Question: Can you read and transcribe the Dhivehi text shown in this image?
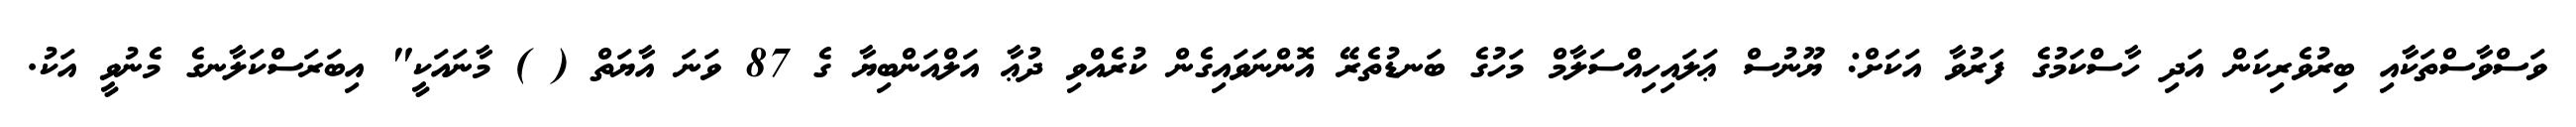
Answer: ވަސްވާސްތަކާއި ބިރުވެރިކަން އަދި ހާސްކަމުގެ ފަރުވާ އަކަށް: ޔޫނުސް ޢަލައިހިއްސަލާމް މަހުގެ ބަނޑުތެރޭ އޮންނަވައިގެން ކުރެއްވި ދުޢާ އަލްއަންބިޔާ ގެ 87 ވަނަ އާޔަތް ( ) މާނައަކީ" އިބަރަސްކަލާނގެ މެނުވީ އަކު.